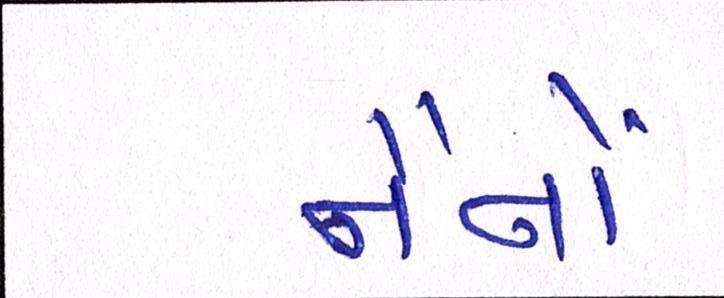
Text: નૈનોં